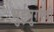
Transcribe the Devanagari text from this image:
भुईमुगाची